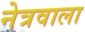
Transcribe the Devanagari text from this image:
नेत्रवाला